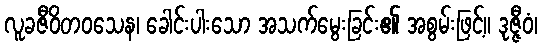
လူခဇီဝိတဝသေန၊ ခေါင်းပါးသော အသက်မွေးခြင်း၏ အစွမ်းဖြင့်။ ဒုဇ္ဇီဝံ၊